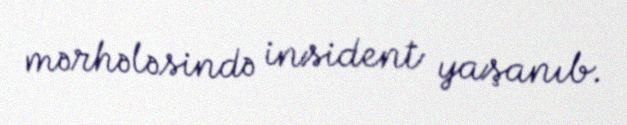
mərhələsində insident yaşanıb.